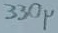
Text: 330µ